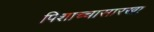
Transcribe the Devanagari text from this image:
पिशाच्चासारखा